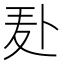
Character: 𪎍